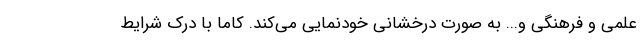
علمی و فرهنگی و... به صورت درخشانی خودنمایی می‌کند. کاما با درک شرایط